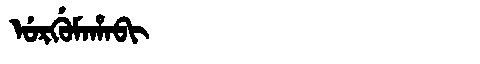
Manchu: ᡠᡵᡤᡠᠮᠠᡥᠠᠪᡳ
Romanization: URGUMAHABI